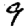
Digit: 9